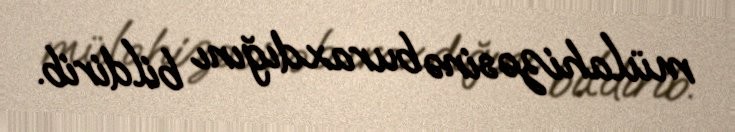
mülahizəsinə buraxdığını bildirib.